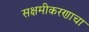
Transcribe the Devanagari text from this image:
सक्षमीकरणाचा